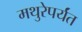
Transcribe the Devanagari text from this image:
मथुरेपर्यंत